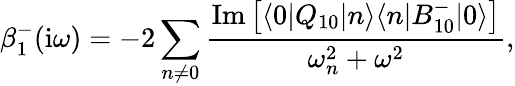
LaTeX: \beta_{1}^{-}(\mathrm{i}\omega)=-2\sum_{n\ne 0}\frac{\mathrm{Im}\left[\langle 0|Q_{10}|n\rangle\langle n|B_{10}^{-}|0\rangle\right]}{\omega_{n}^{2}+\omega^{2}},